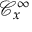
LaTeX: { \mathcal { C } } _ { x } ^ { \infty }